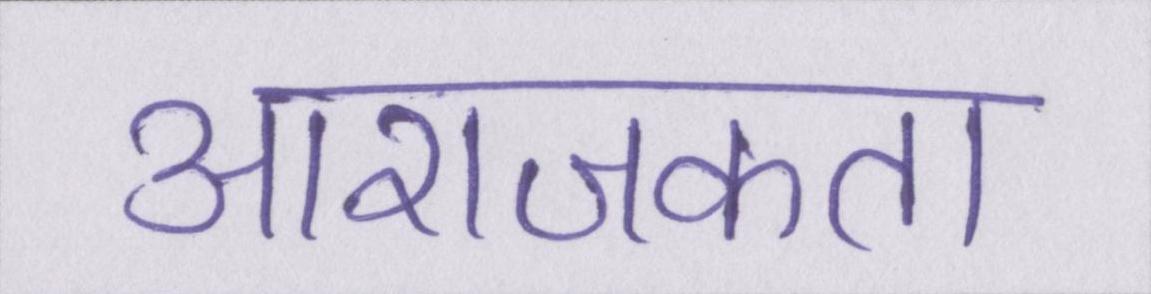
आराजकता